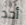
أحد